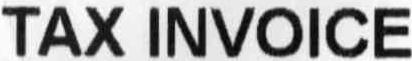
TAX INVOICE